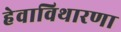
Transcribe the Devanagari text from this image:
हेवाविथारणा